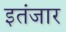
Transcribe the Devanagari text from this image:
इतंजार